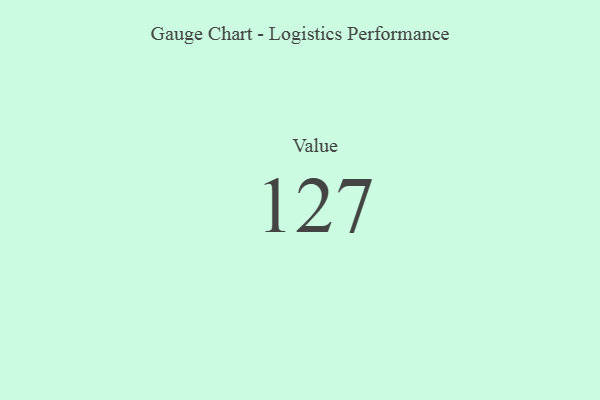
{"axis": {"x": "Metric", "y": "Value"}, "legend": [""], "data": [{"x": "Value", "y": 127, "type": ""}]}